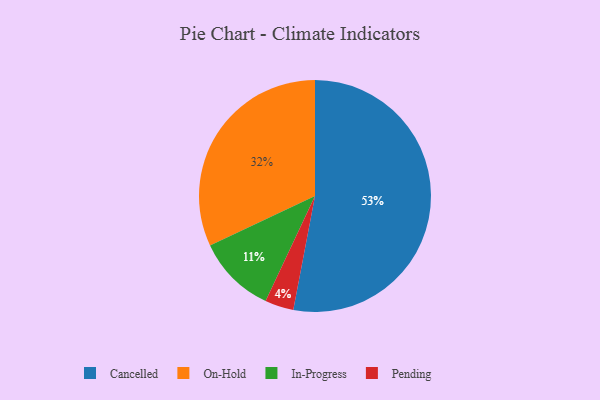
{"axis": {"x": "Category", "y": "Percentage"}, "legend": ["Cancelled", "In-Progress", "On-Hold", "Pending"], "data": [{"x": "On-Hold", "y": 32, "type": "On-Hold"}, {"x": "Cancelled", "y": 53, "type": "Cancelled"}, {"x": "In-Progress", "y": 11, "type": "In-Progress"}, {"x": "Pending", "y": 4, "type": "Pending"}]}